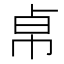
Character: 𢂦